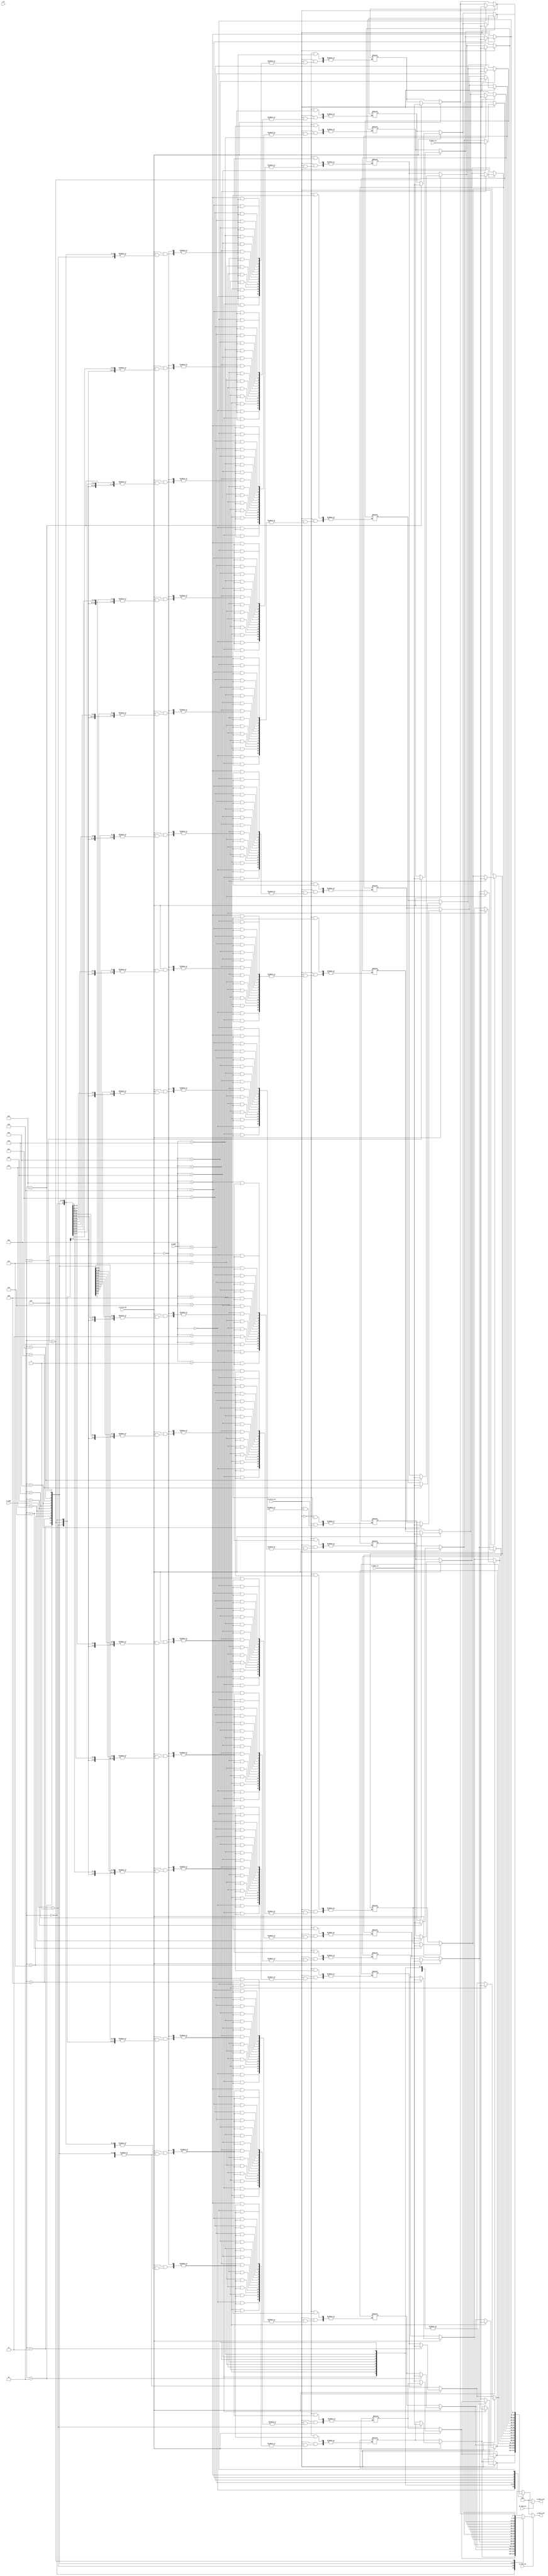
module dual_port_sram #(
    parameter DATA_WIDTH = 8,                  // Configurable data width (8, 16, 32, etc.)
    parameter ADDRESS_WIDTH = 4,                // Configurable address width (number of addressable words)
    parameter MEMORY_SIZE = (1 << ADDRESS_WIDTH) // Total memory size in words
)(
    // Port A
    input [ADDRESS_WIDTH-1:0] A_addr,
    input [DATA_WIDTH-1:0] A_data_in,
    output reg [DATA_WIDTH-1:0] A_data_out,
    input A_read_en,
    input A_write_en,

    // Port B
    input [ADDRESS_WIDTH-1:0] B_addr,
    input [DATA_WIDTH-1:0] B_data_in,
    output reg [DATA_WIDTH-1:0] B_data_out,
    input B_read_en,
    input B_write_en,

    input clk // Clock signal (not used in this asynchronous implementation but included for overall architecture structure)
);

    // Memory array
    reg [DATA_WIDTH-1:0] memory [0:MEMORY_SIZE-1];

    // Asynchronous write operations
    always @(*) begin
        // Handle Port A
        if (A_write_en) begin
            memory[A_addr] = A_data_in; // Write data to memory
        end
        
        if (A_read_en) begin
            A_data_out = memory[A_addr]; // Read data from memory asynchronously
        end else begin
            A_data_out = {DATA_WIDTH{1'b0}}; // Default output if not reading
        end

        // Handle Port B
        if (B_write_en) begin
            memory[B_addr] = B_data_in; // Write data to memory
        end
        
        if (B_read_en) begin
            B_data_out = memory[B_addr]; // Read data from memory asynchronously
        end else begin
            B_data_out = {DATA_WIDTH{1'b0}}; // Default output if not reading
        end
    end
endmodule